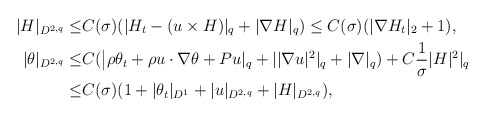
\begin{align*}|H|_{D^{2,q}}\leq & C(\sigma)(|H_t-(u\times H)|_q+|\nabla H|_q)\leq C(\sigma)(|\nabla H_t|_2+1),\\|\theta|_{D^{2,q}} \leq & C(\big|\rho \theta_t+\rho u\cdot \nabla \theta+Pu|_q+||\nabla u|^2|_q+|\nabla |_q)+C\frac{1}{\sigma}|H|^2|_q\\\leq & C(\sigma)(1+|\theta_t|_{D^1}+|u|_{D^{2,q}}+|H|_{D^{2,q}}),\end{align*}